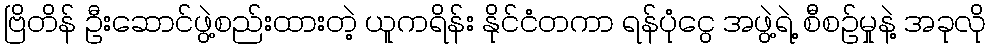
ဗြိတိန် ဦးဆောင်ဖွဲ့စည်းထားတဲ့ ယူကရိန်း နိုင်ငံတကာ ရန်ပုံငွေ အဖွဲ့ရဲ့ စီစဥ်မှုနဲ့ အခုလို